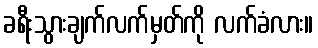
ခရီးသွားချက်လက်မှတ်ကို လက်ခံလား။